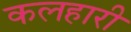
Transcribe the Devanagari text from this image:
कलहारी